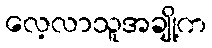
လေ့လာသူအချို့က